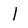
Character: l